Language: tamil
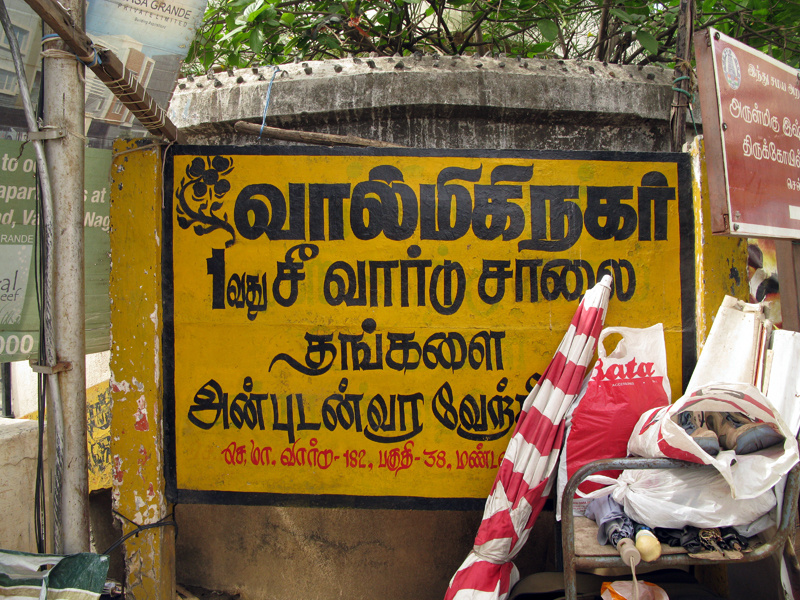
Transcription: பகுதி வது மண்ட வாா்டு சீ அன்புடன்வர தங்களை சாலை வால்மிகிநகா்